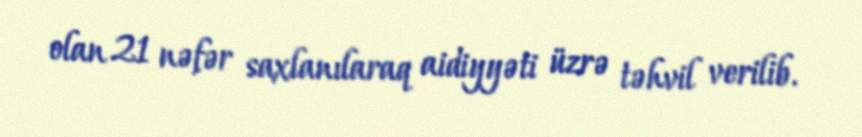
olan 21 nəfər saxlanılaraq aidiyyəti üzrə təhvil verilib.